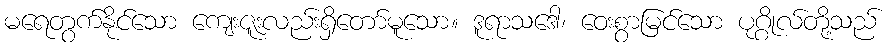
မရေတွက်နိုင်သော ကျေးဇူးလည်းရှိတော်မူသော။ ဒူရာသဒေါ၊ ဝေးစွာမြင်သော ပုဂ္ဂိုလ်တို့သည်